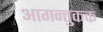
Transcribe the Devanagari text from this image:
आगन्तुकक